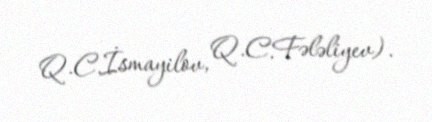
Q.C.İsmayilov, Q.C.Fələliyev).